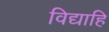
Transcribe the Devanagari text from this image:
विद्याहि